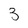
Character: 3